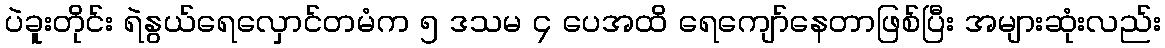
ပဲခူးတိုင်း ရဲနွယ်ရေလှောင်တမံက ၅ ဒသမ ၄ ပေအထိ ရေကျော်နေတာဖြစ်ပြီး အများဆုံးလည်း